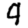
Digit: 9